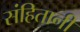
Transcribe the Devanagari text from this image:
संहितानी